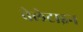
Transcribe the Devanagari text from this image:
वेलेटाइन